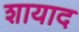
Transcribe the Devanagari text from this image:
शायाद